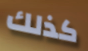
كذلك